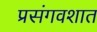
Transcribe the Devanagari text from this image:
प्रसंगवशात